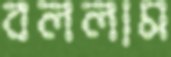
বললাম